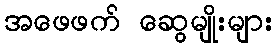
အဖေဖက် ဆွေမျိုးများ